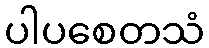
ပါပစေတသံ